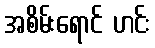
အစိမ်းရောင် ဟင်း